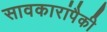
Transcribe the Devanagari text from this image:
सावकारांपैकी